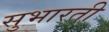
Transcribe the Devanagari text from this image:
सुभारती